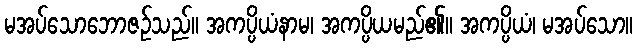
မအပ်သောဘောဇဉ်သည်။ အကပ္ပိယံနာမ၊ အကပ္ပိယမည်၏။ အကပ္ပိယံ၊ မအပ်သော။